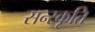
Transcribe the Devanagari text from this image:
सन्स्कृति